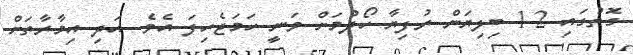
ގޮތުގައި 1.2 ބިލިޔަން ރުފިޔާ ހޯދުމަށް ވަނީ ހަމަޖެހިފަ އެވެ. އަދި އިމާރާތަށް